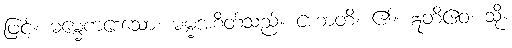
ဖြင့်။ ဓမ္မေကဒေသော၊ ဓမ္မအစိတ်သည်။ ဟောတိ၊ ၏။ ဣတိဧဝံ၊ သို့။